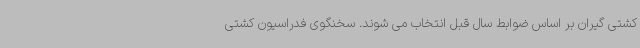
کشتی گیران بر اساس ضوابط سال قبل انتخاب می شوند. سخنگوی فدراسیون کشتی